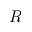
R